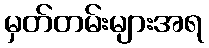
မှတ်တမ်းများအရ